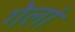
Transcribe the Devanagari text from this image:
गेलां